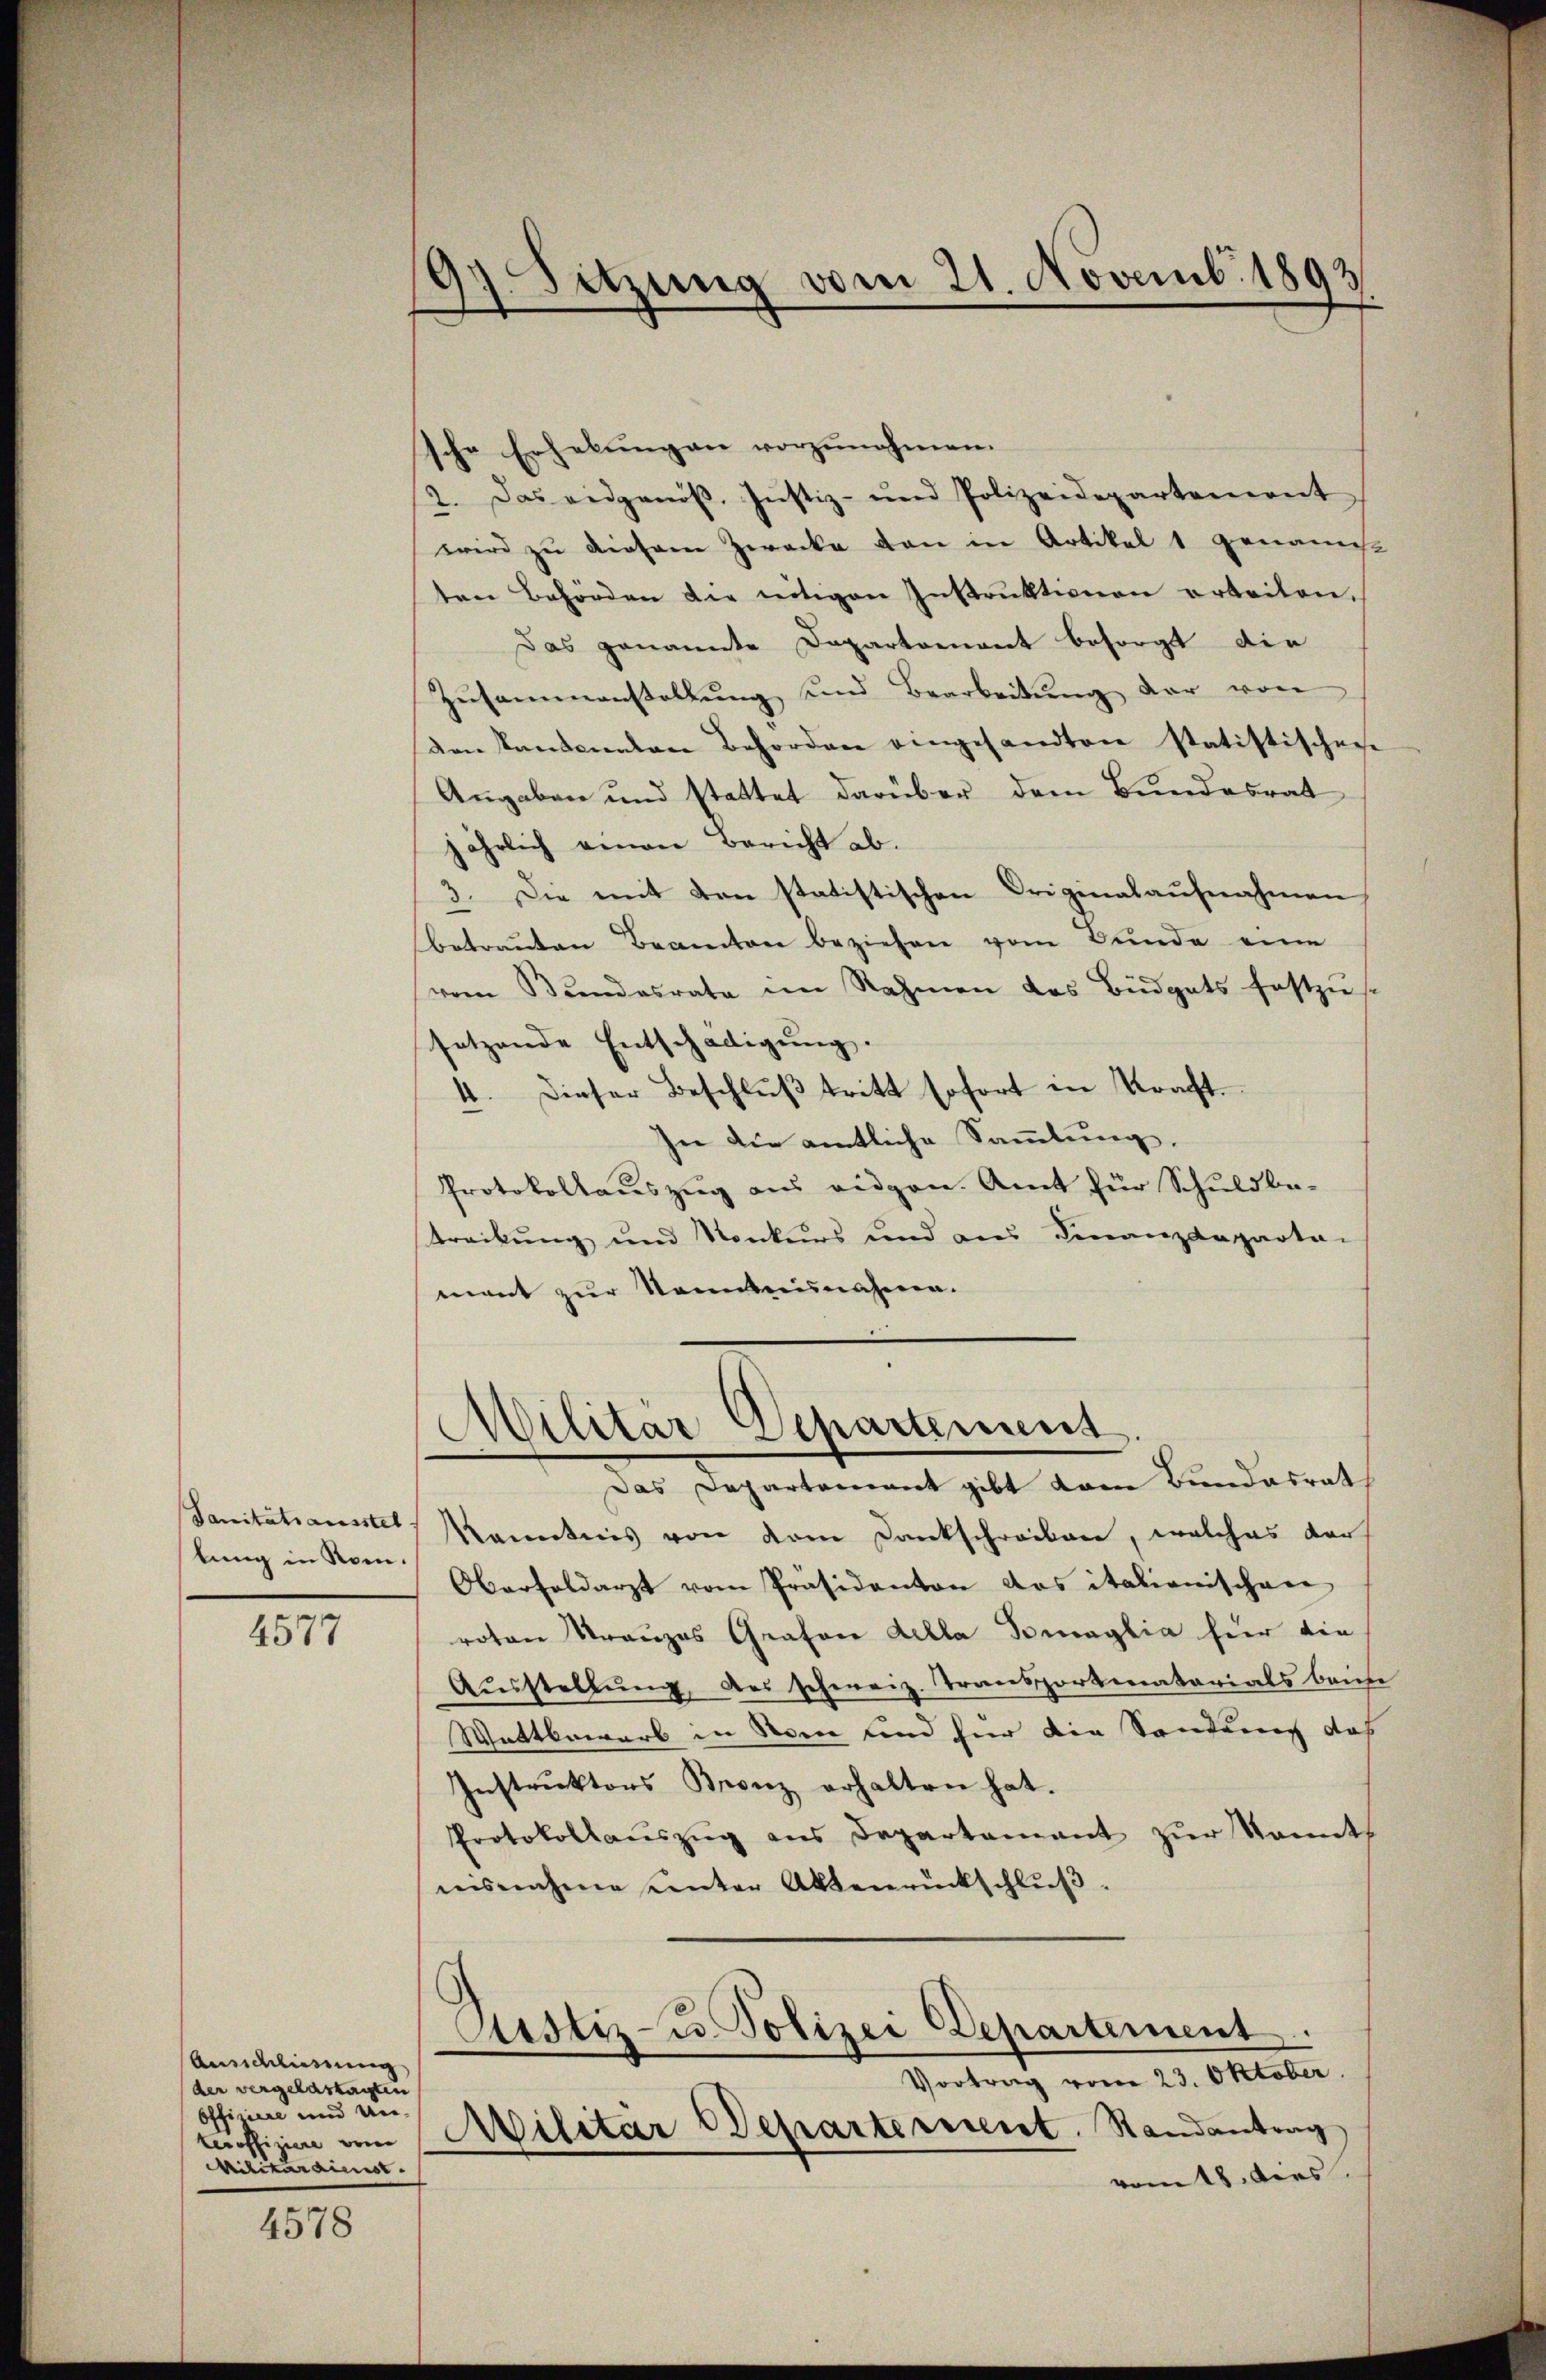
lung in Rom.

4577

Annd liessung
der vergelastagten
Offiziere und Un¬
Militäranst

4578

9) Sitzung vom 21. Novemb. 1893
)

sche Erhebŭngen vorzŭnehmen.
2. Das eidgenöß. Justiz- und Polizeidepartement
wird zu diesem Zwecke von in Artikel 1 genannt
ten Behörden die nötigen Instruktionen arteilen,
Das genannte Dapartement besorgt die
Zŭsammenstallŭng und Bearbeitŭng der von
von standenten Behörden eingesandten statistischen
Angaben und stattet darüber dem Bundesrat
jährlich einen Bericht ab.
3. Die mit den statistischen Originalaufnahmen
betrauten Beamten beziehen vom Bunde eine
(vom Bundesrate im Rahmen das Büdgets festzus
setzende Entschädigung.
4. Dieser Beschlŭβ tritt sofort in Kraft.
In die amtliche Sammlung.
Protokollauszug aus eidgen. Amt für Schuldbetreckung und Konkurs und aus Finanzdeparta-
mant zur Sonntennahmen.
Militär Departement
Das Departement gibt dem Bundesrat
Sanitätsausste, kanntnis von dem Dankschreiben, welches der
Oberfeldarzt vom Präsidenton das itationischene
roten Trauzes Grafen Alla Tomaglia hier die
Aŭsstellŭng des schweiz. Transportinatarials beim
Wattbewarb in Nein und für die Sandung das
Instruktors Bronz erhalten hat.
Protokollaŭszŭg ans Departamant zŭr Sonnt
nisnahme unter Aktenrückschlŭβ

Rustiz- u. Polizei Departement.
Vortrag vom 23. Oktober.
tüffizien um Militär Departerriert. Randantrag,

vom 18. dies